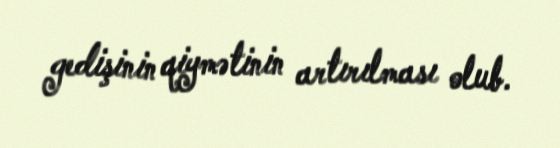
gedişinin qiymətinin artırılması olub.